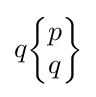
q{\begin{Bmatrix}p\\q\end{Bmatrix}}